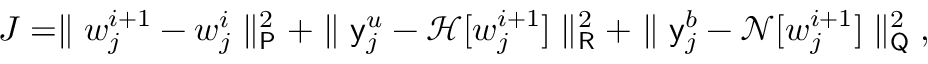
J = \parallel \boldsymbol { w } _ { j } ^ { i + 1 } - \boldsymbol { w } _ { j } ^ { i } \parallel _ { \mathsf { P } } ^ { 2 } + \parallel \mathsf { y } _ { j } ^ { u } - \mathcal { H } [ \boldsymbol { w } _ { j } ^ { i + 1 } ] \parallel _ { \mathsf { R } } ^ { 2 } + \parallel \mathsf { y } _ { j } ^ { b } - \mathcal { N } [ \boldsymbol { w } _ { j } ^ { i + 1 } ] \parallel _ { \mathsf { Q } } ^ { 2 } \mathrm { , }